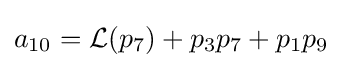
a_{10}={\mathcal {L}}(p_{7})+p_{3}p_{7}+p_{1}p_{9}